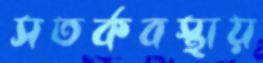
সতর্কবস্থায়